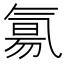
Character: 氱